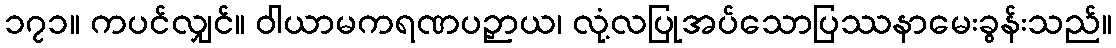
၁၇၁။ ကပင်လျှင်။ ဝါယာမကရဏပဉှာယ၊ လုံ့လပြုအပ်သောပြဿနာမေးခွန်းသည်။